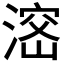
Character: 𣺑